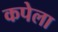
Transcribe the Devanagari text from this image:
कपेला